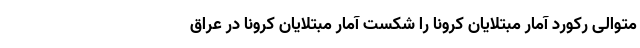
متوالی رکورد آمار مبتلایان کرونا را شکست آمار مبتلایان کرونا در عراق